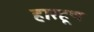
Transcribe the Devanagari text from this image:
हारहूण